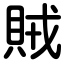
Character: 賊